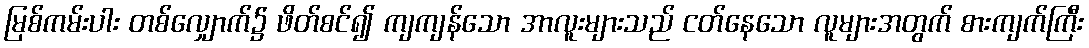
မြစ်ကမ်းပါး တစ်လျှောက်၌ ဖိတ်စင်၍ ကျကျန်သော အာလူးများသည် ငတ်နေသော လူများအတွက် စားကျက်ကြီး